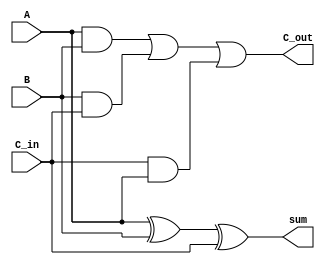
module carry_save_adder(
    input wire [7:0] A,
    input wire [7:0] B,
    input wire [7:0] C_in,
    output wire [7:0] sum,
    output wire [7:0] C_out
);

assign sum = A ^ B ^ C_in;
assign C_out = (A & B) | (B & C_in) | (C_in & A);

endmodule